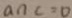
a n c = 0